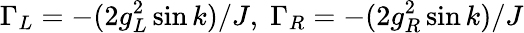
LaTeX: \Gamma_{L}=-(2g_{L}^{2}\sin k)/J,\; \Gamma_{R}=-(2g_{R}^{2}\sin k)/J